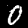
Digit: 0